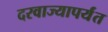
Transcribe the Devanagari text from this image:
दरवाज्यापर्यंत